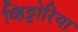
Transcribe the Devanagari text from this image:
व्हिट्टोरिया